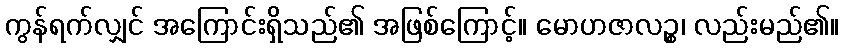
ကွန်ရက်လျှင် အကြောင်းရှိသည်၏ အဖြစ်ကြောင့်။ မောဟဇာလဉ္စ၊ လည်းမည်၏။